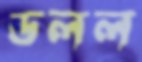
ডলল